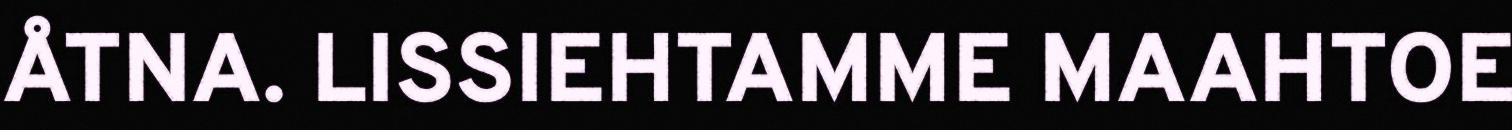
ÅTNA. LISSIEHTAMME MAAHTOE